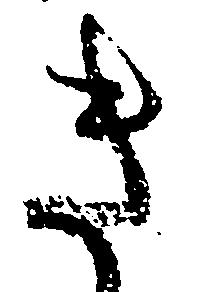
き